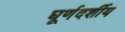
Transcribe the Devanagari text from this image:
घूर्णदर्शीय